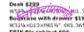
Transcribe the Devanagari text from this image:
निविदांप्रमाणेही